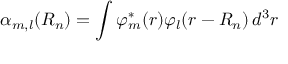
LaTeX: \alpha _ { m , l } ( { \boldsymbol { R _ { n } } } ) = \int \varphi _ { m } ^ { * } ( { \boldsymbol { r } } ) \varphi _ { l } ( { \boldsymbol { r - R _ { n } } } ) \, d ^ { 3 } r